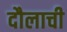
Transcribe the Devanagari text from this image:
दौलाची